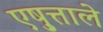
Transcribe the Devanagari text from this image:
एष़ुत्ताले